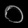
Digit: ၀